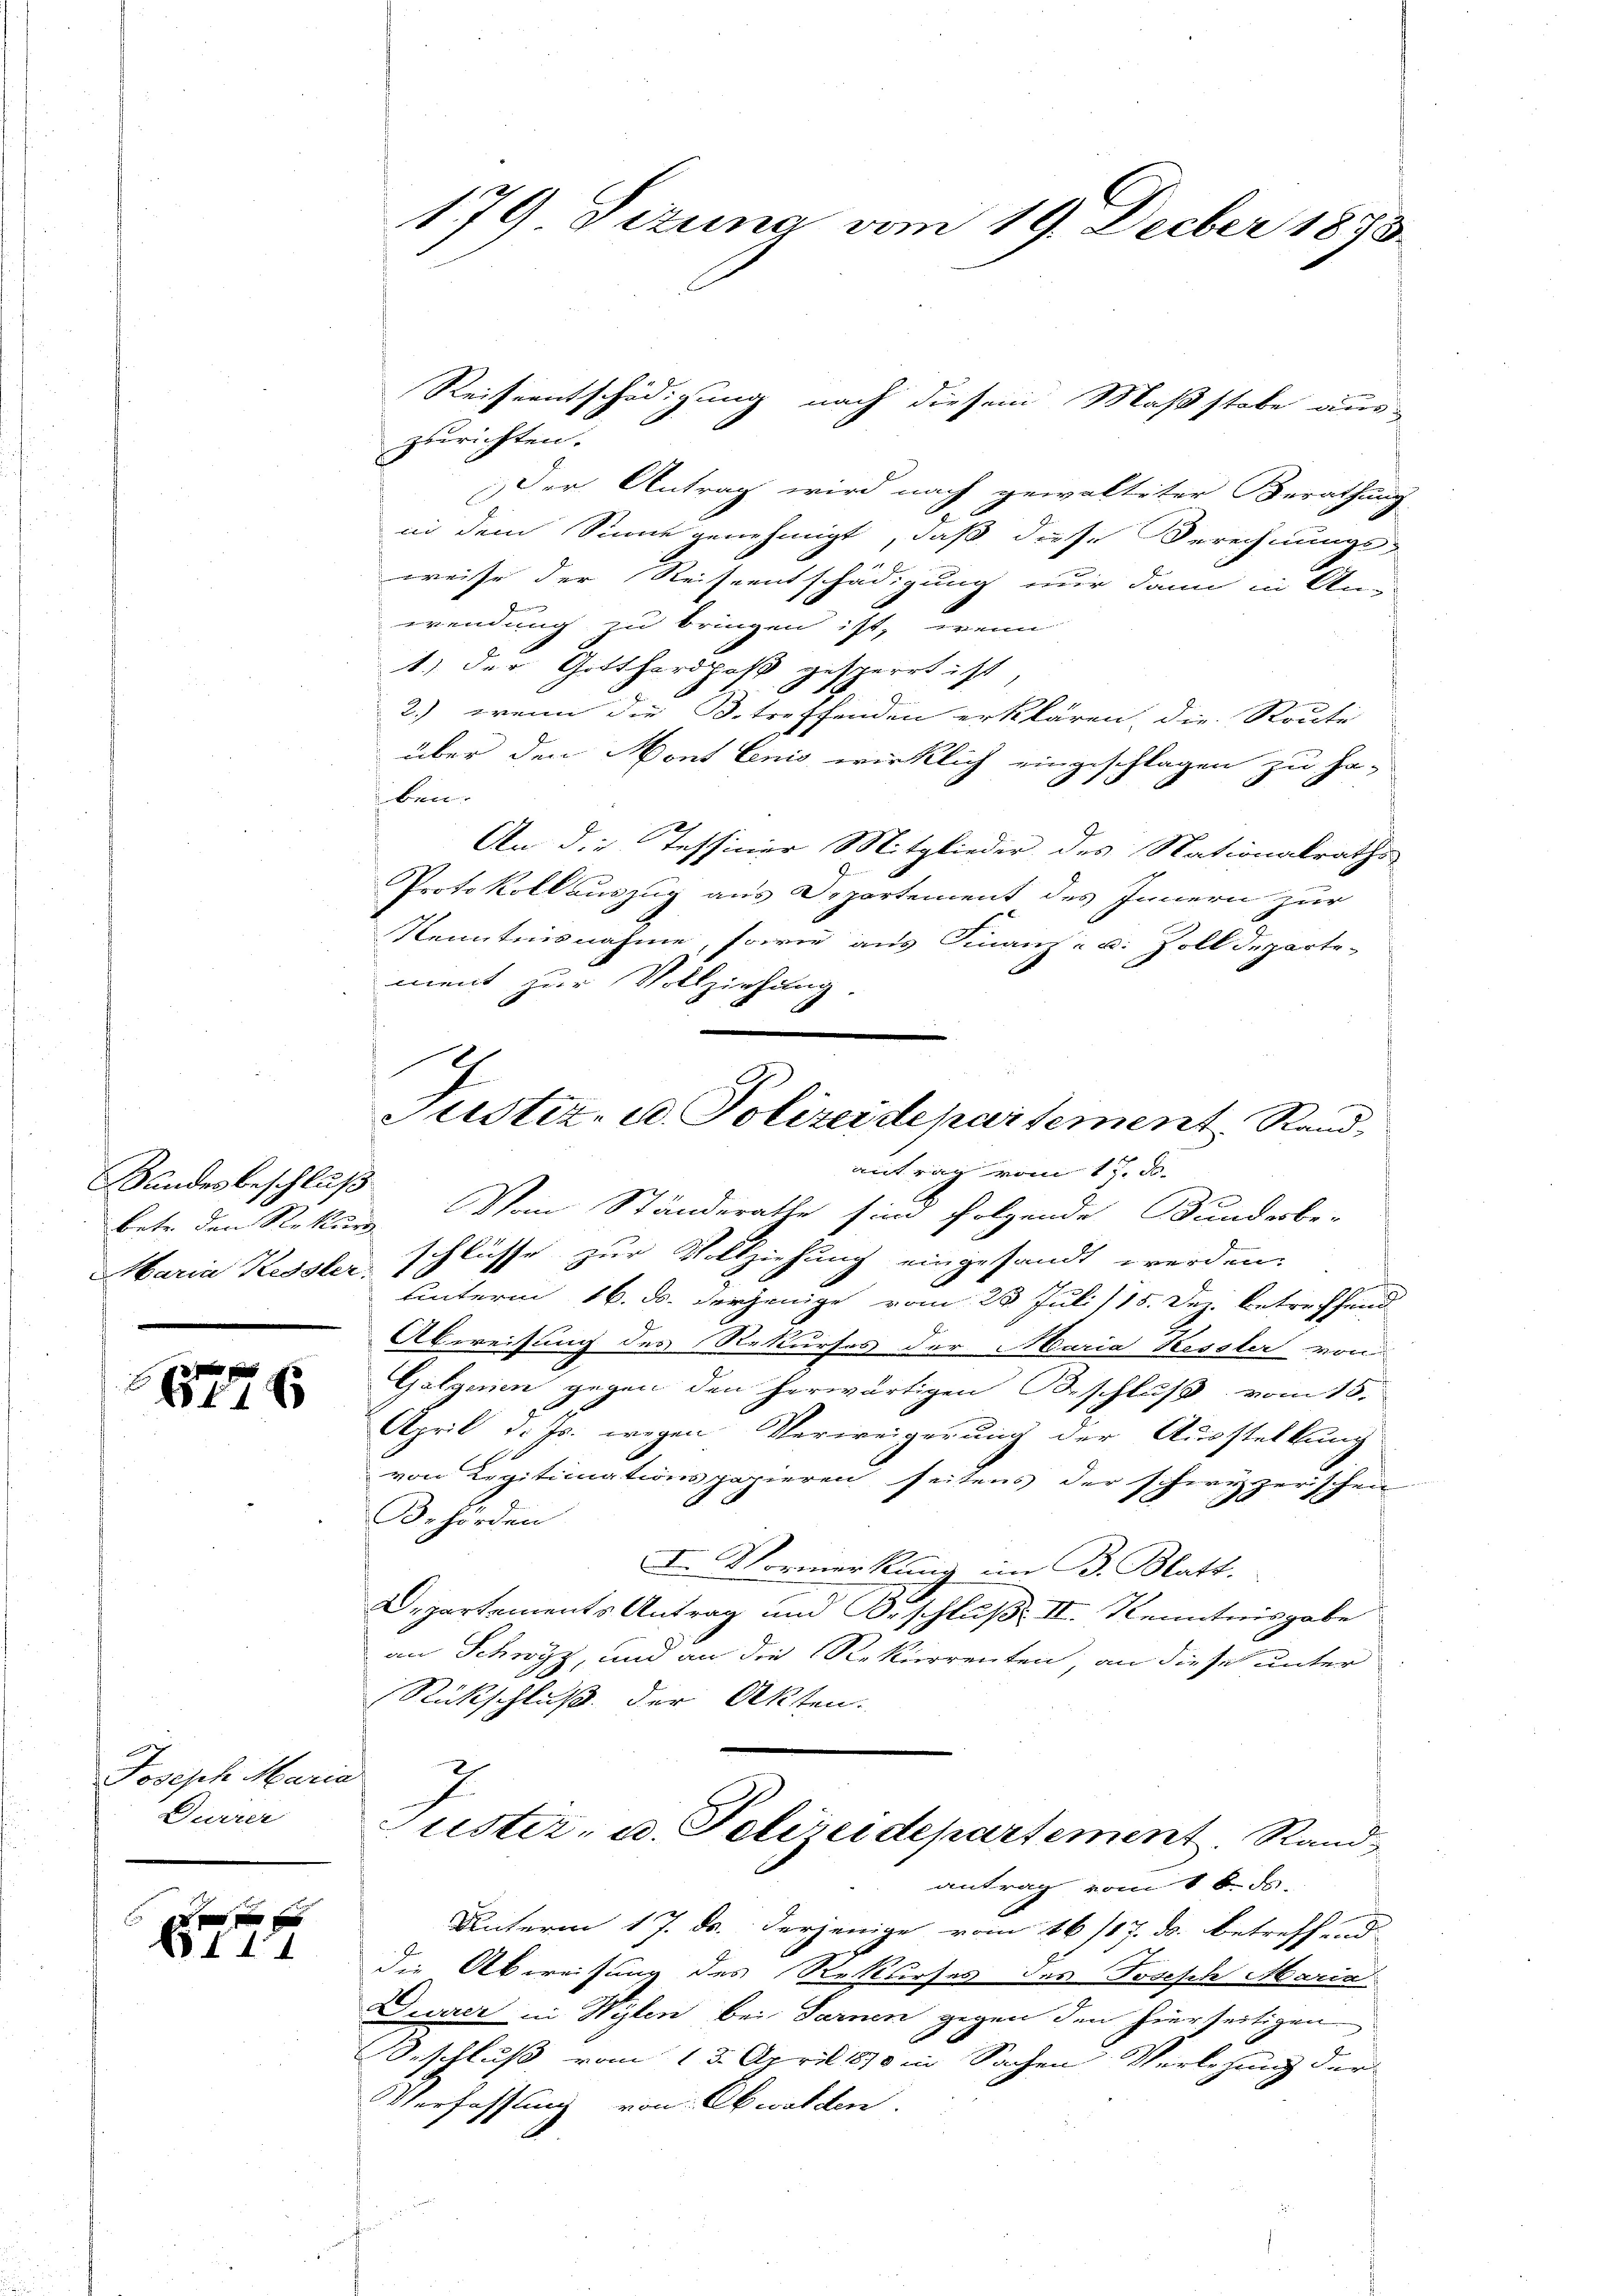
Kandesbeschluß
Maria Kessler.

1646

.
Joseph Maria
Durrer

xx
144

zurichten.
Der Antrag wird nach gewaltiter Berathung
in dem Sinne genehmigt, daß diese Berechnungs-
weise der Reiseentschädigung nur dann in An-
wendung zu bringen ist, wenn
1) der Gotthardpaß gesperrt ist
2.) wenn die Betreffenden erklären, die Route
über den Mont lenis wirklich eingeschlagen zu ha¬
 Brie
An die Tessiner Mitglieder des Nationalraths
Protokoll auszug aus Departement des Innern zur
Kenntnisnahme, sowie aus Finanz- u. Zolldeparte-
ment zur Vollziehung.
betr. den Rekur. Vom Ständerathe sind folgende Bundesbe-
schlüsse zur Vollziehung eingesandt werden.
unterm 16. d. derjenige vom 23. Juli 115. Dez. betreffend
Abweisung des Rekurses der Maria Kessler von
Galgerien gegen den herwärtigen Beschluß vom 18.
April d. Js. wegen Verweigerung der Ausstellung
von Legitimationspapieren seitens der schwyzerischen
Behörden
I. Vormerkung im B. Blatt.
Departements Antrag und Beschluß: II. Kenntnisgabe
an Schwyz, und an die Rekurrenten, an diese unter
Rückschluß der Akten.
2
Suster- u. Polizeidepartement. Rand
antrag vom 16. ds.
Unterm 17. ds. derjenige vom 16/17. ds. betreffend
die Abweisung des Rekurses des Joseph Maria
Divrer in Wylen bei Farnen gegen den hierseitigen
Beschluß vom 13. April 1890 in Sachen Verlesung der
Verfassung von Obwalden.

179 Dizung vom 19. Decber 1873.

Reiseentschädigung nach diesem Maßstabe aus¬

.
Justiz- u. Polizeidepartement Rand
antrag vom 17. d.